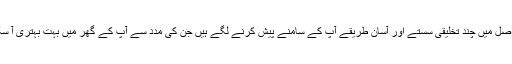
ہم لوگ اصل میں چند تخلیقی سستے اور آسان طریقے آپ کے سامنے پیش کرنے لگے ہیں جن کی مدد سے آپ کے گھر میں بہت بہتری آ سکتی ہے۔